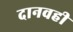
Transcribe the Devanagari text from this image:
दानवही